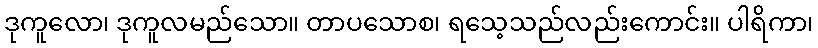
ဒုကူလော၊ ဒုကူလမည်သော။ တာပသောစ၊ ရသေ့သည်လည်းကောင်း။ ပါရိကာ၊